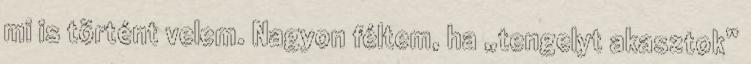
mi is történt velem. Nagyon féltem, ha „tengelyt akasztok”